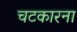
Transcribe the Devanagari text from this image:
चटकारना